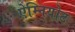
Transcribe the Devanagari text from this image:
ऐम्नियोट